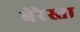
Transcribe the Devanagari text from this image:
बेरेस्ता